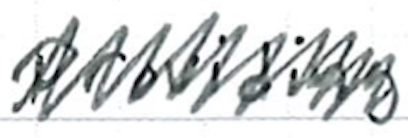
Text: providing
Cross-out: zig-zag
Writing tool: ballpoint